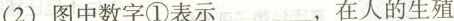
(2)图中数字①表示___，在人的生殖